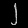
Digit: ၂